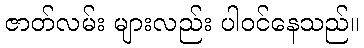
ဇာတ်လမ်း များလည်း ပါဝင်နေသည်။